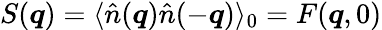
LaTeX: S(\boldsymbol{q})=\langle\hat{n}(\boldsymbol{q})\hat{n}(-\boldsymbol{q})\rangle_{0}=F(\boldsymbol{q},0)